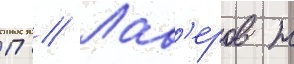
П // Лав'еров н